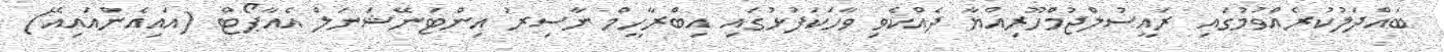
ބައްދަލުކުރެއްވުމުގައި ރައީސުލްޖުމްހޫރިއްޔާ ދެއްކެވި ވާހަކަފުޅުގައި އިބްރާހީމް ނާސިރު އިންޓަނޭޝަނަލް އެއާޕޯޓް (އައިއެންއައިއޭ)